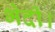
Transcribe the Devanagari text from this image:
भेदी।